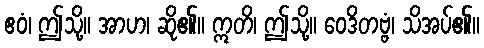
ဧဝံ၊ ဤသို့။ အာဟ၊ ဆို၏။ ဣတိ၊ ဤသို့။ ဝေဒိတဗ္ဗံ၊ သိအပ်၏။